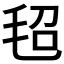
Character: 𰚕